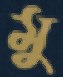
মু